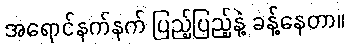
အရောင်နက်နက် ပြည့်ပြည့်နဲ့ ခန့်နေတာ။